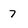
Character: 7